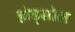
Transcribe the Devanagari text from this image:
होड्सोल